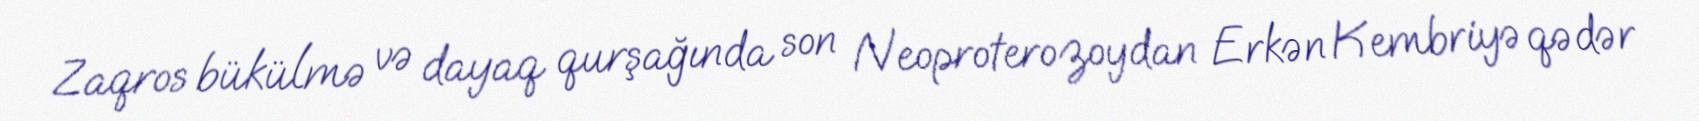
Zaqros bükülmə və dayaq qurşağında son Neoproterozoydan Erkən Kembriyə qədər